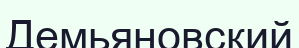
Демьяновский